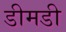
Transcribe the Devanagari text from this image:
डीमडी